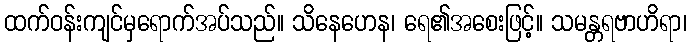
ထက်ဝန်းကျင်မှရောက်အပ်သည်။ သိနေဟေန၊ ရေ၏အစေးဖြင့်။ သမန္တရဗာဟိရာ၊